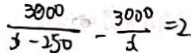
\frac { 3 0 0 0 } { x - 2 5 0 } - \frac { 3 0 0 0 } { x } = 2